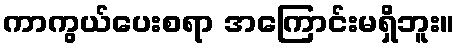
ကာကွယ်ပေးစရာ အကြောင်းမရှိဘူး။